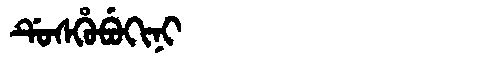
Manchu: ᡩᡠᠰᡥᡠᠪᡠᡴᡳᠨᡳ
Romanization: DUSHUBUKINI